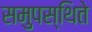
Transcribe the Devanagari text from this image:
समुपस्थिते